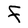
Character: F